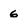
Character: 6